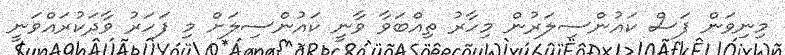
މިނިވަން ފަސް ކައުންސިލަރުން މިހާރު ތިއްބަވާ ވާނީ ކައުންސިލަށް މި ފަހަރު ވާދަކުރައްވަނީ